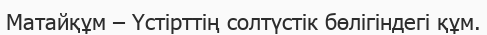
Матайқұм – Үстірттің солтүстік бөлігіндегі құм.